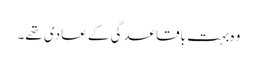
وہ بہت باقاعدگی کے عادی تھے۔